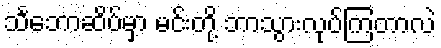
သင်္ဘောဆိပ်မှာ မင်းတို့ ဘာသွားလုပ်ကြတာလဲ